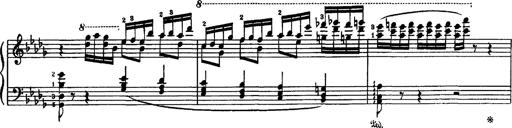
Title: Fantaisie sur des motifs favoris de l'opÃ©ra 'La sonnambula'
Composer: Franz Liszt